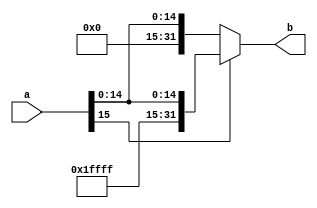
module SING_EX(
    input [15:0] a,
    output reg [31:0] b
);


always @*
begin
    if(a[15] == 1'b0) 
    begin
        b = {16'b0000000000000000,  a};
    end

    else
    begin
        b = {16'b1111111111111111,  a}; 
    end

end
endmodule